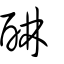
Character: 醂